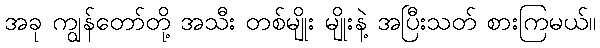
အခု ကျွန်တော်တို့ အသီး တစ်မျိုး မျိုးနဲ့ အပြီးသတ် စားကြမယ်။